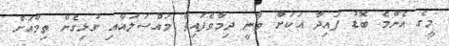
މީގެ އެންމެ ބޮޑު ފައިދާ އަކަށް ވާނީ ދިމާވެފައިވާ މައްސަލައާއި ގުޅިގެން ތިމާއަށް